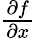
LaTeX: \textstyle{\frac{\partial f}{\partial x}}